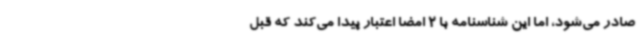
صادر می‌شود، اما این شناسنامه با 2 امضا اعتبار پیدا می‌کند که قبل